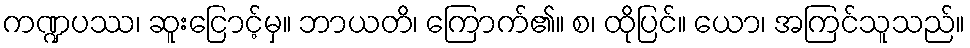
ကဏ္ဍပဿ၊ ဆူးငြောင့်မှ။ ဘာယတိ၊ ကြောက်၏။ စ၊ ထိုပြင်။ ယော၊ အကြင်သူသည်။